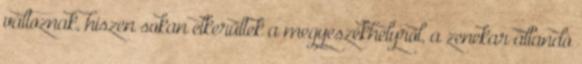
változnak, hiszen sokan elkerültek a megyeszékhelyről, a zenekar állandó